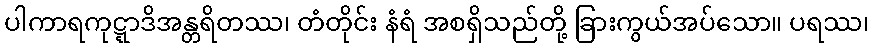
ပါကာရကုဋ္ဋာဒိအန္တရိတဿ၊ တံတိုင်း နံရံ အစရှိသည်တို့ ခြားကွယ်အပ်သော။ ပရဿ၊